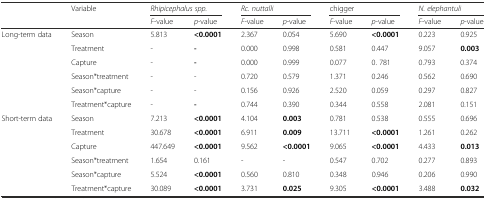
<table><thead><tr><td></td><td><b>Variable</b></td><td colspan="2"><b><i>Rhipicephalus spp.</i></b></td><td colspan="2"><b><i>Rc. nuttalli</i></b></td><td colspan="2"><b>chigger</b></td><td colspan="2"><b><i>N. elephantuli</i></b></td></tr><tr><td></td><td></td><td><b><i>F</i>-value</b></td><td><b><i>p</i>-value</b></td><td><b><i>F</i>-value</b></td><td><b><i>p</i>-value</b></td><td><b><i>F</i>-value</b></td><td><b><i>p</i>-value</b></td><td><b><i>F</i>-value</b></td><td><b><i>p</i>-value</b></td></tr></thead><tbody><tr><td rowspan="6">Long-term data</td><td>Season</td><td>5.813</td><td><b>&lt;0.0001</b></td><td>2.367</td><td>0.054</td><td>5.690</td><td><b>&lt;0.0001</b></td><td>0.223</td><td>0.925</td></tr><tr><td>Treatment</td><td>-</td><td><b>-</b></td><td>0.000</td><td>0.998</td><td>0.581</td><td>0.447</td><td>9.057</td><td><b>0.003</b></td></tr><tr><td>Capture</td><td>-</td><td><b>-</b></td><td>0.000</td><td>0.999</td><td>0.077</td><td>0. 781</td><td>0.793</td><td>0.374</td></tr><tr><td>Season*treatment</td><td>-</td><td>-</td><td>0.720</td><td>0.579</td><td>1.371</td><td>0.246</td><td>0.562</td><td>0.690</td></tr><tr><td>Season*capture</td><td>-</td><td>-</td><td>0.156</td><td>0.926</td><td>2.520</td><td>0.059</td><td>0.297</td><td>0.827</td></tr><tr><td>Treatment*capture</td><td>-</td><td><b>-</b></td><td>0.744</td><td>0.390</td><td>0.344</td><td>0.558</td><td>2.081</td><td>0.151</td></tr><tr><td rowspan="6">Short-term data</td><td>Season</td><td>7.213</td><td><b>&lt;0.0001</b></td><td>4.104</td><td><b>0.003</b></td><td>0.781</td><td>0.538</td><td>0.555</td><td>0.696</td></tr><tr><td>Treatment</td><td>30.678</td><td><b>&lt;0.0001</b></td><td>6.911</td><td><b>0.009</b></td><td>13.711</td><td><b>&lt;0.0001</b></td><td>1.261</td><td>0.262</td></tr><tr><td>Capture</td><td>447.649</td><td><b>&lt;0.0001</b></td><td>9.562</td><td><b>&lt;0.0001</b></td><td>9.065</td><td><b>&lt;0.0001</b></td><td>4.433</td><td><b>0.013</b></td></tr><tr><td>Season*treatment</td><td>1.654</td><td>0.161</td><td>-</td><td>-</td><td>0.547</td><td>0.702</td><td>0.277</td><td>0.893</td></tr><tr><td>Season*capture</td><td>5.524</td><td><b>&lt;0.0001</b></td><td>0.560</td><td>0.810</td><td>0.348</td><td>0.946</td><td>0.206</td><td>0.990</td></tr><tr><td>Treatment*capture</td><td>30.089</td><td><b>&lt;0.0001</b></td><td>3.731</td><td><b>0.025</b></td><td>9.305</td><td><b>&lt;0.0001</b></td><td>3.488</td><td><b>0.032</b></td></tr></tbody></table>